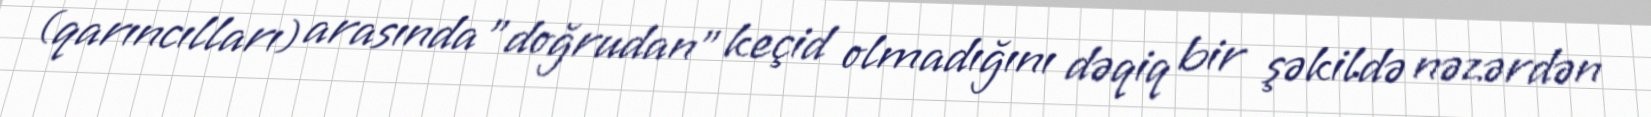
(qarıncılları) arasında "doğrudan" keçid olmadığını dəqiq bir şəkildə nəzərdən